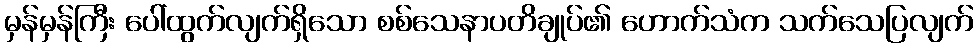
မှန်မှန်ကြီး ပေါ်ထွက်လျက်ရှိသော စစ်သေနာပတိချုပ်၏ ဟောက်သံက သက်သေပြလျက်